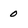
Character: 0